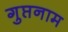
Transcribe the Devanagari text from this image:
गुप्तनाम